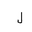
Letter: _lam